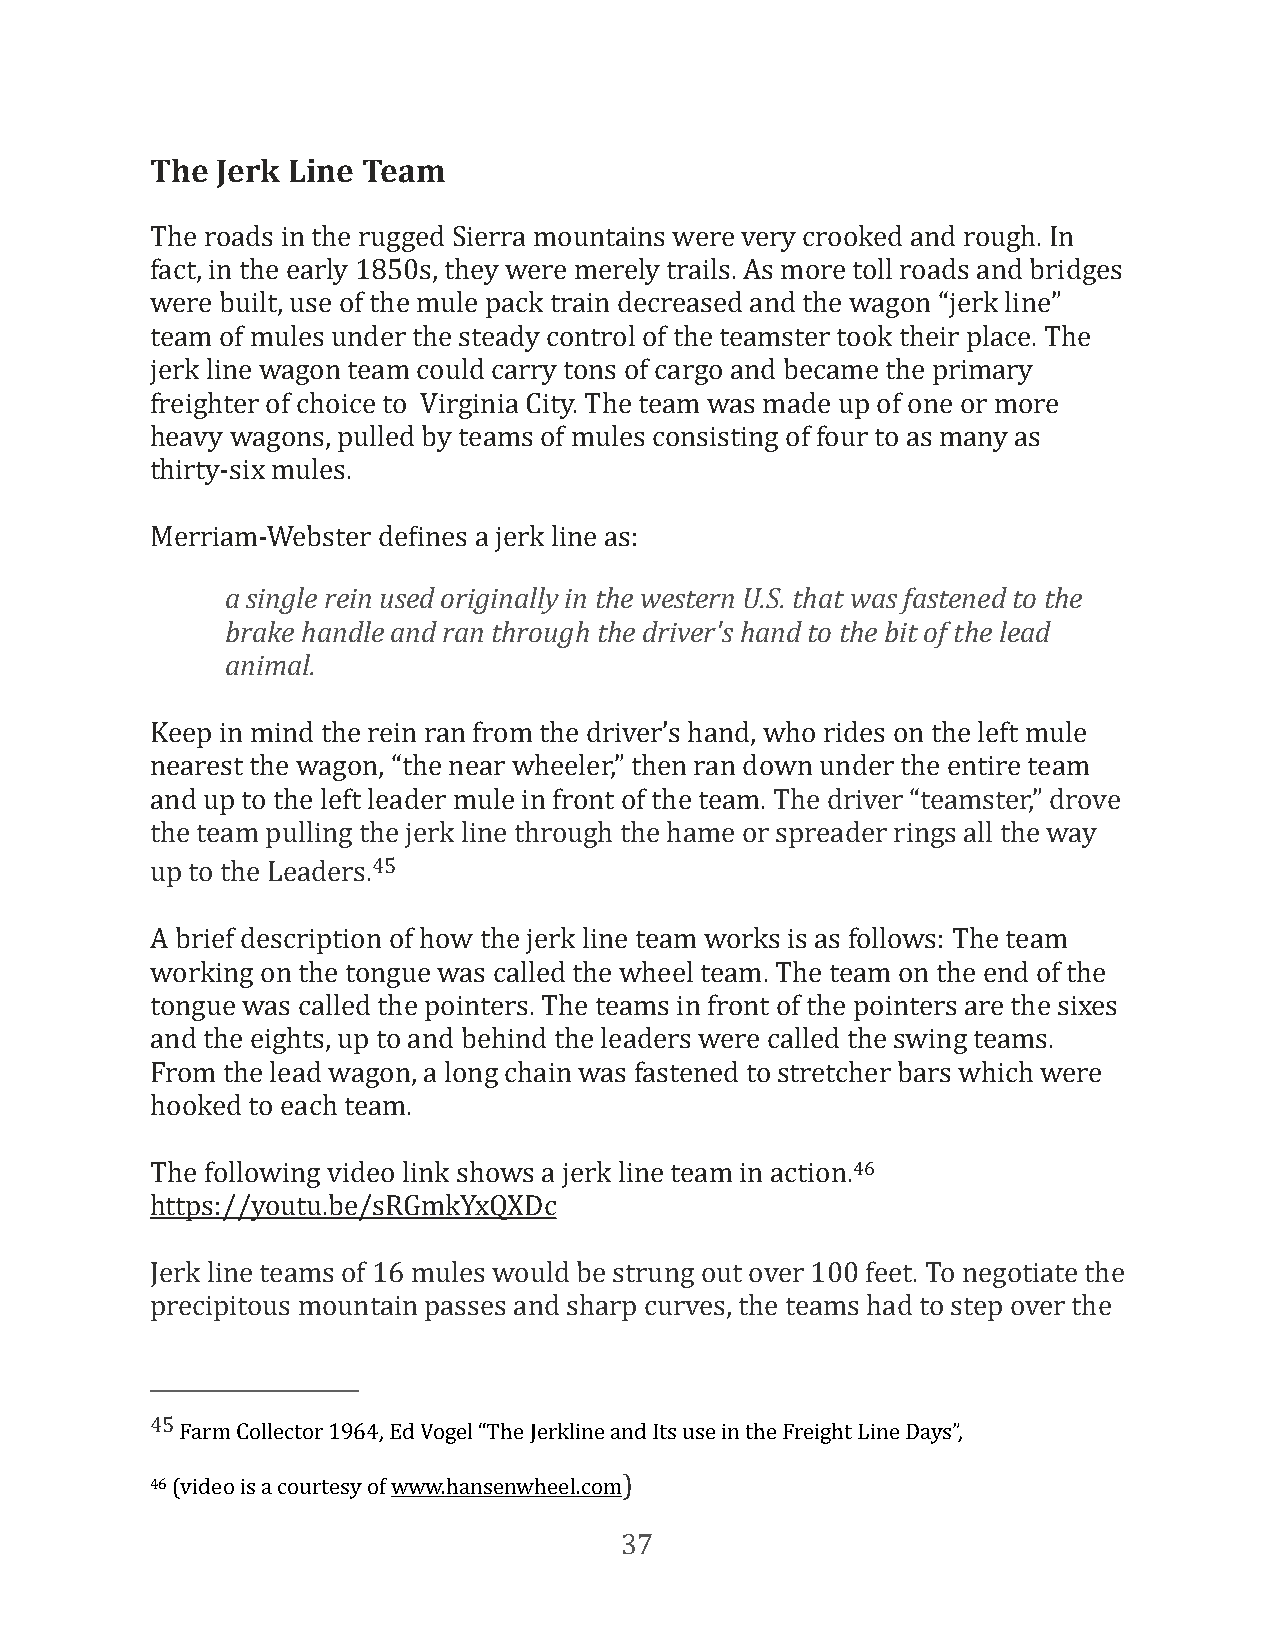
The Jerk Line Team
 The roads in the rugged Sierra mountains were very crooked and rough. In
 fact, in the early 1850s, they were merely trails. As more toll roads and bridges
 were built, use of the mule pack train decreased and the wagon “jerk line”
 team of mules under the steady control of the teamster took their place. The
 jerk line wagon team could carry tons of cargo and became the primary
 freighter of choice to Virginia City. The team was made up of one or more
 heavy wagons, pulled by teams of mules consisting of four to as many as
 thirty-six mules.
 Merriam-Webster deFines a jerk line as:
 a single rein used originally in the western U.S. that was fastened to the
 brake handle and ran through the driver's hand to the bit of the lead
 animal.
 Keep in mind the rein ran from the driver’s hand, who rides on the left mule
 nearest the wagon, “the near wheeler,” then ran down under the entire team
 and up to the left leader mule in front of the team. The driver “teamster,” drove
 the team pulling the jerk line through the hame or spreader rings all the way
 up to the Leaders.45
 A brief description of how the jerk line team works is as follows: The team
 working on the tongue was called the wheel team. The team on the end of the
 tongue was called the pointers. The teams in front of the pointers are the sixes
 and the eights, up to and behind the leaders were called the swing teams.
 From the lead wagon, a long chain was fastened to stretcher bars which were
 hooked to each team.
 The following video link shows a jerk line team in action.46
 https://youtu.be/sRGmkYxQXDc
 Jerk line teams of 16 mules would be strung out over 100 feet. To negotiate the
 precipitous mountain passes and sharp curves, the teams had to step over the
 45
 Farm Collector 1964, Ed Vogel “The Jerkline and Its use in the Freight Line Days”,
 46 (video is a courtesy of www.hansenwheel.com)
 37